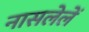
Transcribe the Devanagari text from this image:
नासलेलें